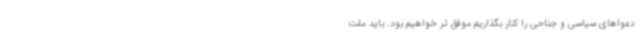
دعواهای سیاسی و جناحی را کنار بگذاریم موفق تر خواهیم بود. باید ملت